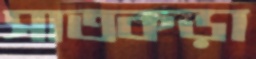
সাতকড়া